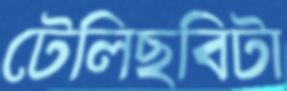
টেলিছবিটা